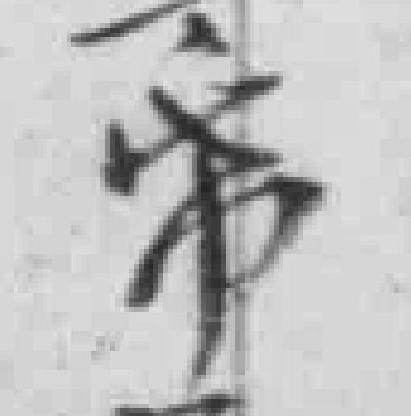
希